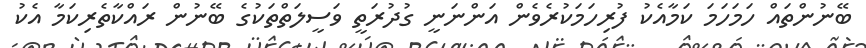
ބޭނުންތައް ހަމަހަމަ ކަމާއެކު ފުރިހަމަކުރެވެން އަންނަނީ ގުދުރަތީ ވަސީލަތްތަކުގެ ބޭނުން ރައްކާތެރިކަމާ އެކު